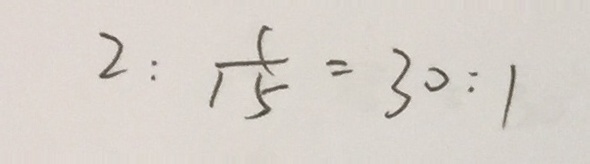
2 : \frac { 1 } { 1 5 } = 3 0 : 1